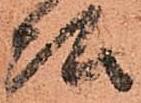
頭